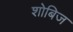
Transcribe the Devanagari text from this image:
शोबिज